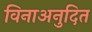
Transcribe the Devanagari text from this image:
विनाअनुदित